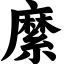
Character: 縻